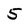
Character: 5